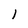
Character: l